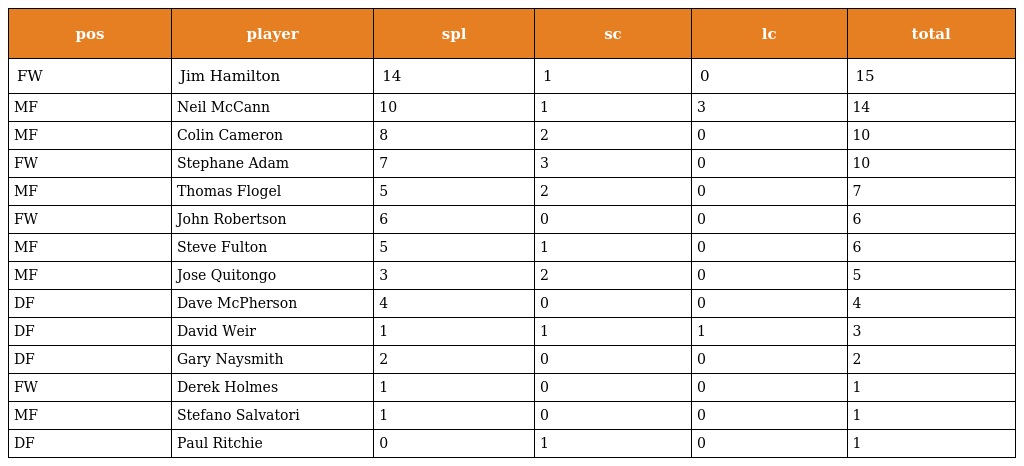
| pos | player | spl | sc | lc | total |
 | --- | --- | --- | --- | --- | --- |
 | FW | Jim Hamilton | 14 | 1 | 0 | 15 |
 | MF | Neil McCann | 10 | 1 | 3 | 14 |
 | MF | Colin Cameron | 8 | 2 | 0 | 10 |
 | FW | Stephane Adam | 7 | 3 | 0 | 10 |
 | MF | Thomas Flogel | 5 | 2 | 0 | 7 |
 | FW | John Robertson | 6 | 0 | 0 | 6 |
 | MF | Steve Fulton | 5 | 1 | 0 | 6 |
 | MF | Jose Quitongo | 3 | 2 | 0 | 5 |
 | DF | Dave McPherson | 4 | 0 | 0 | 4 |
 | DF | David Weir | 1 | 1 | 1 | 3 |
 | DF | Gary Naysmith | 2 | 0 | 0 | 2 |
 | FW | Derek Holmes | 1 | 0 | 0 | 1 |
 | MF | Stefano Salvatori | 1 | 0 | 0 | 1 |
 | DF | Paul Ritchie | 0 | 1 | 0 | 1 |